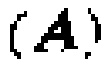
$(\boldsymbol{A})$